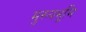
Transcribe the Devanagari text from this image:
मुख्‍यभूमि